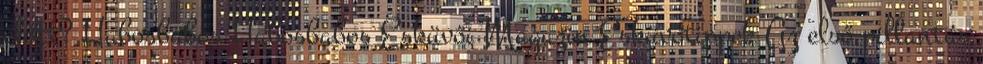
előtt? Habosbabos Habosbabos Esküvői Magazin Esküvőtippek Az első pillantás